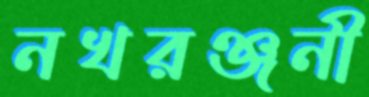
নখরঞ্জনী